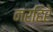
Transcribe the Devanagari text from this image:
नरहिरे